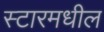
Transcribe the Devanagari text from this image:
स्टारमधील